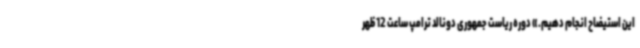
این استیضاح انجام دهیم.» دوره ریاست جمهوری دونالد ترامپ ساعت 12 ظهر